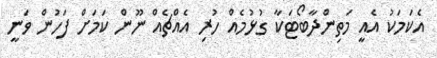
އެކަމަކު އެއީ މަތިންދާބޯޓަކާ ގުޅުމެއް ހުރި އެއްޗެއް ނޫން ކަމަށް ފަހުން ވަނީ